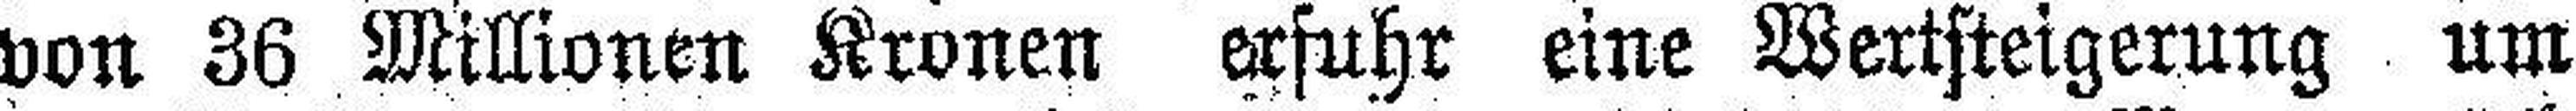
von 36 Millionen Kronen erfuhr eine Wertsteigerung um